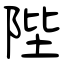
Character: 陛